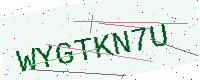
Text: WYGTKN7U